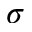
\sigma